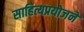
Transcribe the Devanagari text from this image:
साहित्यप्रयोजने